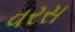
વરસ